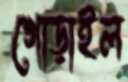
গোড়াইল